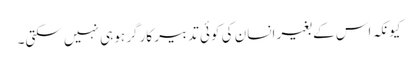
کیونکہ اس کے بغیر انسان کی کوئی تدبیر کارگر ہو ہی نہیں سکتی۔